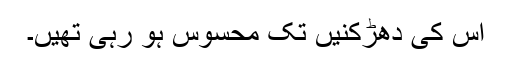
اس کی دھڑکنیں تک محسوس ہو رہی تھیں۔